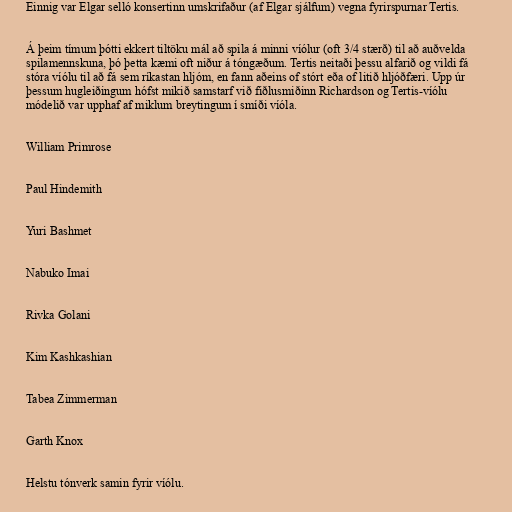
Einnig var Elgar selló konsertinn umskrifaður (af Elgar sjálfum) vegna fyrirspurnar Tertis.

Á þeim tímum þótti ekkert tiltöku mál að spila á minni víólur (oft 3/4 stærð) til að auðvelda
spilamennskuna, þó þetta kæmi oft niður á tóngæðum. Tertis neitaði þessu alfarið og vildi fá
stóra víólu til að fá sem ríkastan hljóm, en fann aðeins of stórt eða of litið hljóðfæri. Upp úr
þessum hugleiðingum hófst mikið samstarf við fiðlusmiðinn Richardson og Tertis-víólu
módelið var upphaf af miklum breytingum í smíði víóla.

William Primrose

Paul Hindemith

Yuri Bashmet

Nabuko Imai

Rivka Golani

Kim Kashkashian

Tabea Zimmerman

Garth Knox

Helstu tónverk samin fyrir víólu.